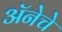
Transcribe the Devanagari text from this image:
अॅनेचे